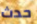
حدث